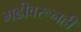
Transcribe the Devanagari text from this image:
मढीवरूनही